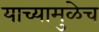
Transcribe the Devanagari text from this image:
याच्यामुळेच